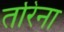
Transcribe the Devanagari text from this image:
तरिना